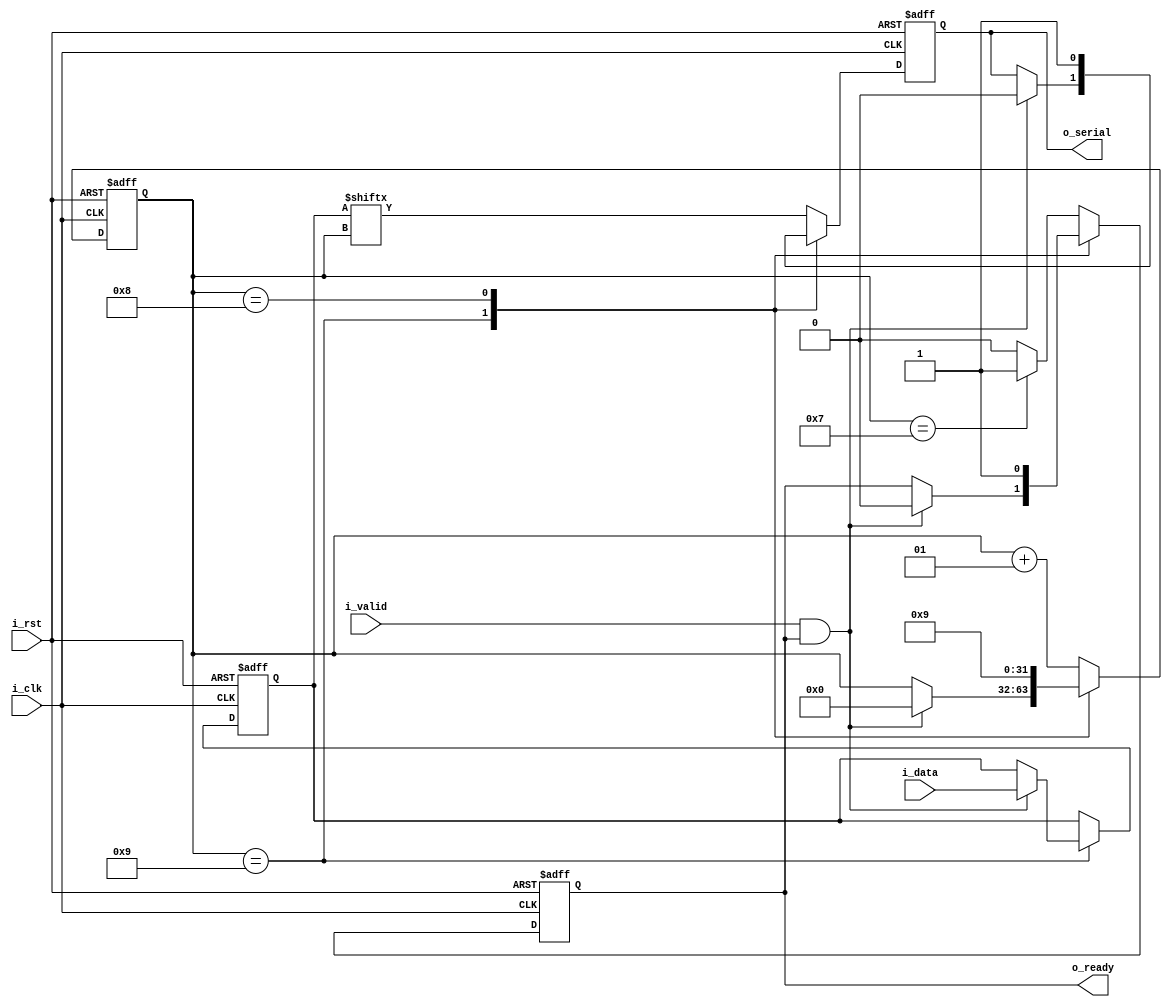
// ////////////////////////////////////////////////////////
// audioUART
// This is a serial module, and an incredibly crude one
// Operates at the baseline clock frequency, TX only
// ////////////////////////////////////////////////////////

module audioUART
	(	input wire i_clk,
		input wire i_rst,
		input wire [7:0] i_data,
		input wire i_valid,
		output wire o_ready,
		output wire o_serial
	);

	//10 possible states - Start, Stop/Idle, data[7:0]
	//Increment, remembering that UART is little endian bitwise
	//Integer FSM, I don't need to run this very fast
	localparam  l_START = 9;
	localparam  l_STOP = 8;
	integer r_state = l_START;
	
	reg r_ready;
	reg r_serial;
	reg [7:0] r_data; //Buffer data during process.
	assign o_ready = r_ready;
	assign o_serial = r_serial;


	always @ (posedge i_clk, posedge i_rst)
	begin
		if (i_rst == 1'b1)
		begin
			r_state <= l_STOP;
			r_data <= 8'b00001111;
			r_serial <= 1'b0;
			r_ready <= 1'b0;
		end
		else if (i_clk == 1'b1)
		begin
			case (r_state) //Deals with transitions
				//The Stop bit/idle state
				l_START: if (i_valid == 1'b1  && r_ready == 1'b1)
					begin
						r_ready <= 1'b0;
						r_data <= i_data;
						r_serial <= 1'b0;
						r_state <= 0;
					end

				l_STOP: begin
						r_state <= l_START;
						r_ready <= 1'b1;
						r_serial <= 1'b1;
					end

				default: begin
						r_state <= r_state + 1;
						r_ready <= (r_state == 7) ? 1'b1 : 1'b0;
						r_serial <= r_data[r_state];
					end

			endcase
		end
	end

endmodule